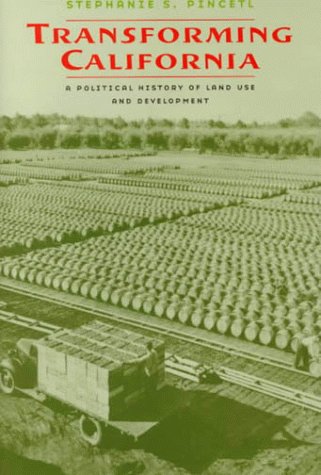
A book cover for Transforming California: A Political History of Land Use and Development; Ms. Stephanie S. Pincetl; Law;